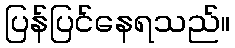
ပြန်ပြင်နေရသည်။